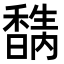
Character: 𥣉